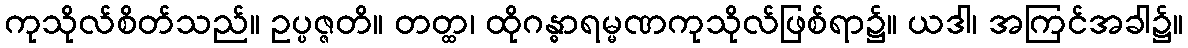
ကုသိုလ်စိတ်သည်။ ဥပ္ပဇ္ဇတိ။ တတ္ထ၊ ထိုဂန္ဓာရမ္မဏကုသိုလ်ဖြစ်ရာ၌။ ယဒါ၊ အကြင်အခါ၌။